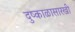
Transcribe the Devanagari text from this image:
दुष्काळासारखी